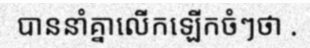
បាននាំគ្នាលើកឡើកចំៗថា .